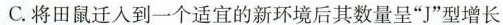
C.将田鼠迁入到一个适宜的新环境后其数量呈”J”型增长